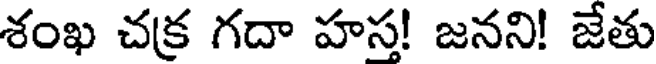
శంఖ చక్ర గదా హస! జనని! జేతు